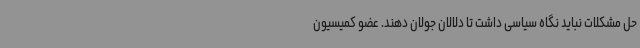
حل مشکلات نباید نگاه سیاسی داشت تا دلالان جولان دهند. عضو کمیسیون